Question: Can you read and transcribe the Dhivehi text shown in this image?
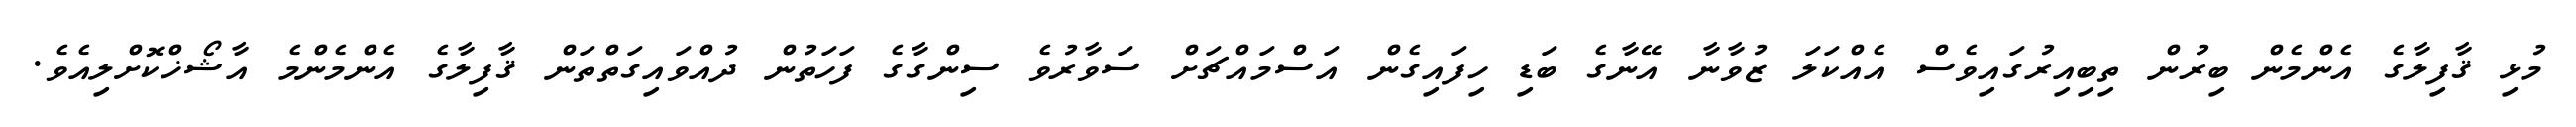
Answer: މުޅި ޤާފިލާގެ އެންމެން ބިރުން ތިބިއިރުގައިވެސް އެއްކަލަ ޒުވާނާ އޭނާގެ ބަޑި ހިފައިގެން އަސްމައްޗަށް ސަވާރުވެ ސިންގާގެ ފަހަތުން ދުއްވައިގަތްތަން ޤާފިލާގެ އެންމެންމެ އާޝޯޚްކޮށްލިއެވެ.